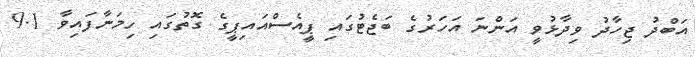
އަބްދު ޖިހާދު ވިދާޅުވީ އަންނަ އަހަރުގެ ބަޖެޓުގައި ޕީއެސްއައިޕީގެ ގޮތުގައި ހިމަނާފައިވާ 9.1